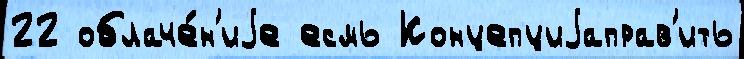
22 облаче́н'иjе есмь Концепциjаправ'ить